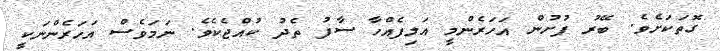
ގޮތަކަށެވެ. ބޭރު ފުށުން އަހަރެންމީ އަލިފެއްހާ ސާފު ތެދު ކުއްޖެކެވެ. ނަމަވެސް އަހަރެންނަކީ